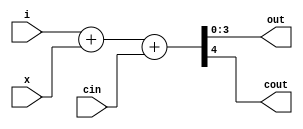
module fulladd(i,x,cin,out,cout);
input [3:0] i;
input [3:0] x;
input cin;
output reg [3:0] out;
output reg cout;
always @(*)begin
	{cout,out}=i+x+cin;
end


endmodule